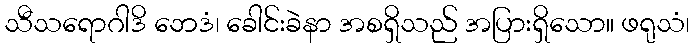
သီသရောဂါဒိ ဘေဒံ၊ ခေါင်းခဲနာ အစရှိသည် အပြားရှိသော။ ဖရုသံ၊